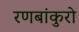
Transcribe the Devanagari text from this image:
रणबांकुरो